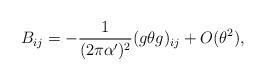
LaTeX: \begin{align*}B_{ij} = -\frac{1}{(2 \pi \alpha')^2}( g \theta g )_{ij} + O( \theta^2 ),\end{align*}